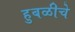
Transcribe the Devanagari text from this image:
हुबळीचे